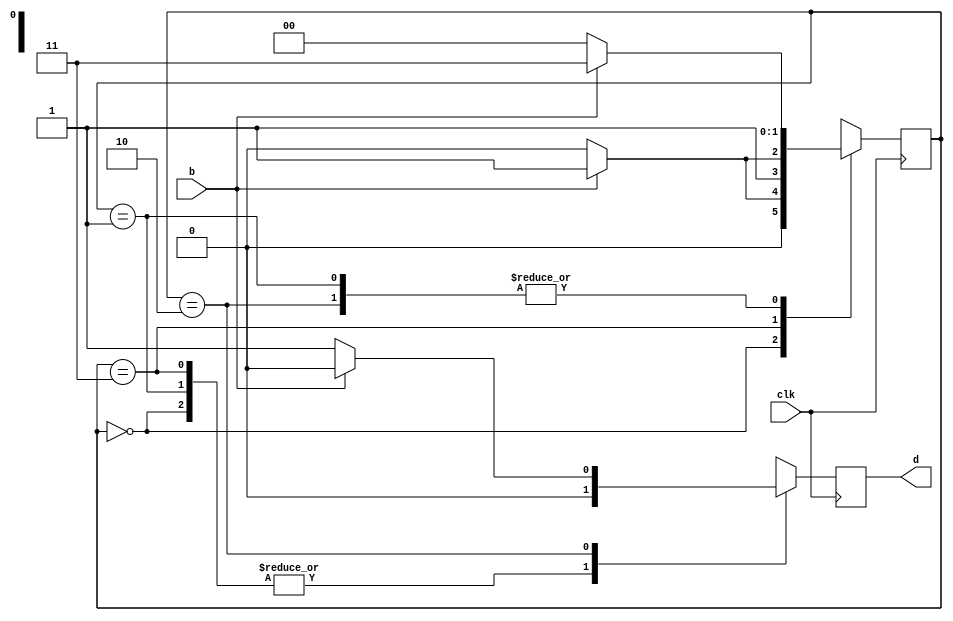
module debouncer(input clk, b, output reg d);
reg [1:0] state = 2'b00;
always @(posedge clk) begin
    case (state)
        2'b00: begin
            if (b) begin
                state <= 2'b01;
                d <= 0;
            end
            else begin
                    state <= 2'b00;
                    d <= 0;
            end
        end
        2'b01: begin
            if (b) begin
                state <= 2'b11;
                d <= 0;
            end
            else begin
                    state <= 2'b00;
                    d <= 0;
            end
        end
        2'b11: begin
            if (b) begin
                state <= 2'b11; 
                d <= 0;
            end
            else begin
                    state <= 2'b10;
                    d <= 0;
            end
        end
        2'b10: begin
            if (b) begin
                state <= 2'b11;
                d <= 0;
            end
            else begin
                    state <= 2'b00;
                    d <= 1;
            end
        end
    endcase
end
endmodule